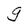
Character: g